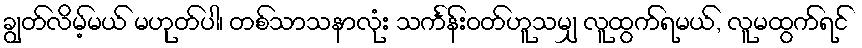
ချွတ်လိမ့်မယ် မဟုတ်ပါ၊ တစ်သာသနာလုံး သင်္ကန်းဝတ်ဟူသမျှ လူထွက်ရမယ်, လူမထွက်ရင်